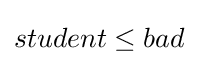
student\leq bad